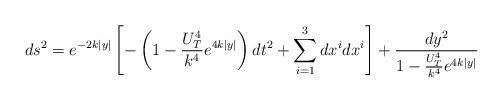
LaTeX: \begin{align*}ds^2 = e^{-2k\mid y \mid}\left[ -\left( 1 - \frac{U_T^4}{k^4} e^{4 k \mid y \mid} \right) dt^2 +\sum^3_{i=1} dx^i dx^i \right] + \frac{dy^2}{1 - \frac{U_T^4}{k^4} e^{4 k \mid y \mid}}\end{align*}